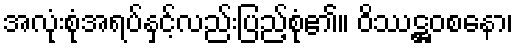
အလုံးစုံအရပ်နှင့်လည်းပြည့်စုံ၏။ ဝိဿဋ္ဌဝစနော၊